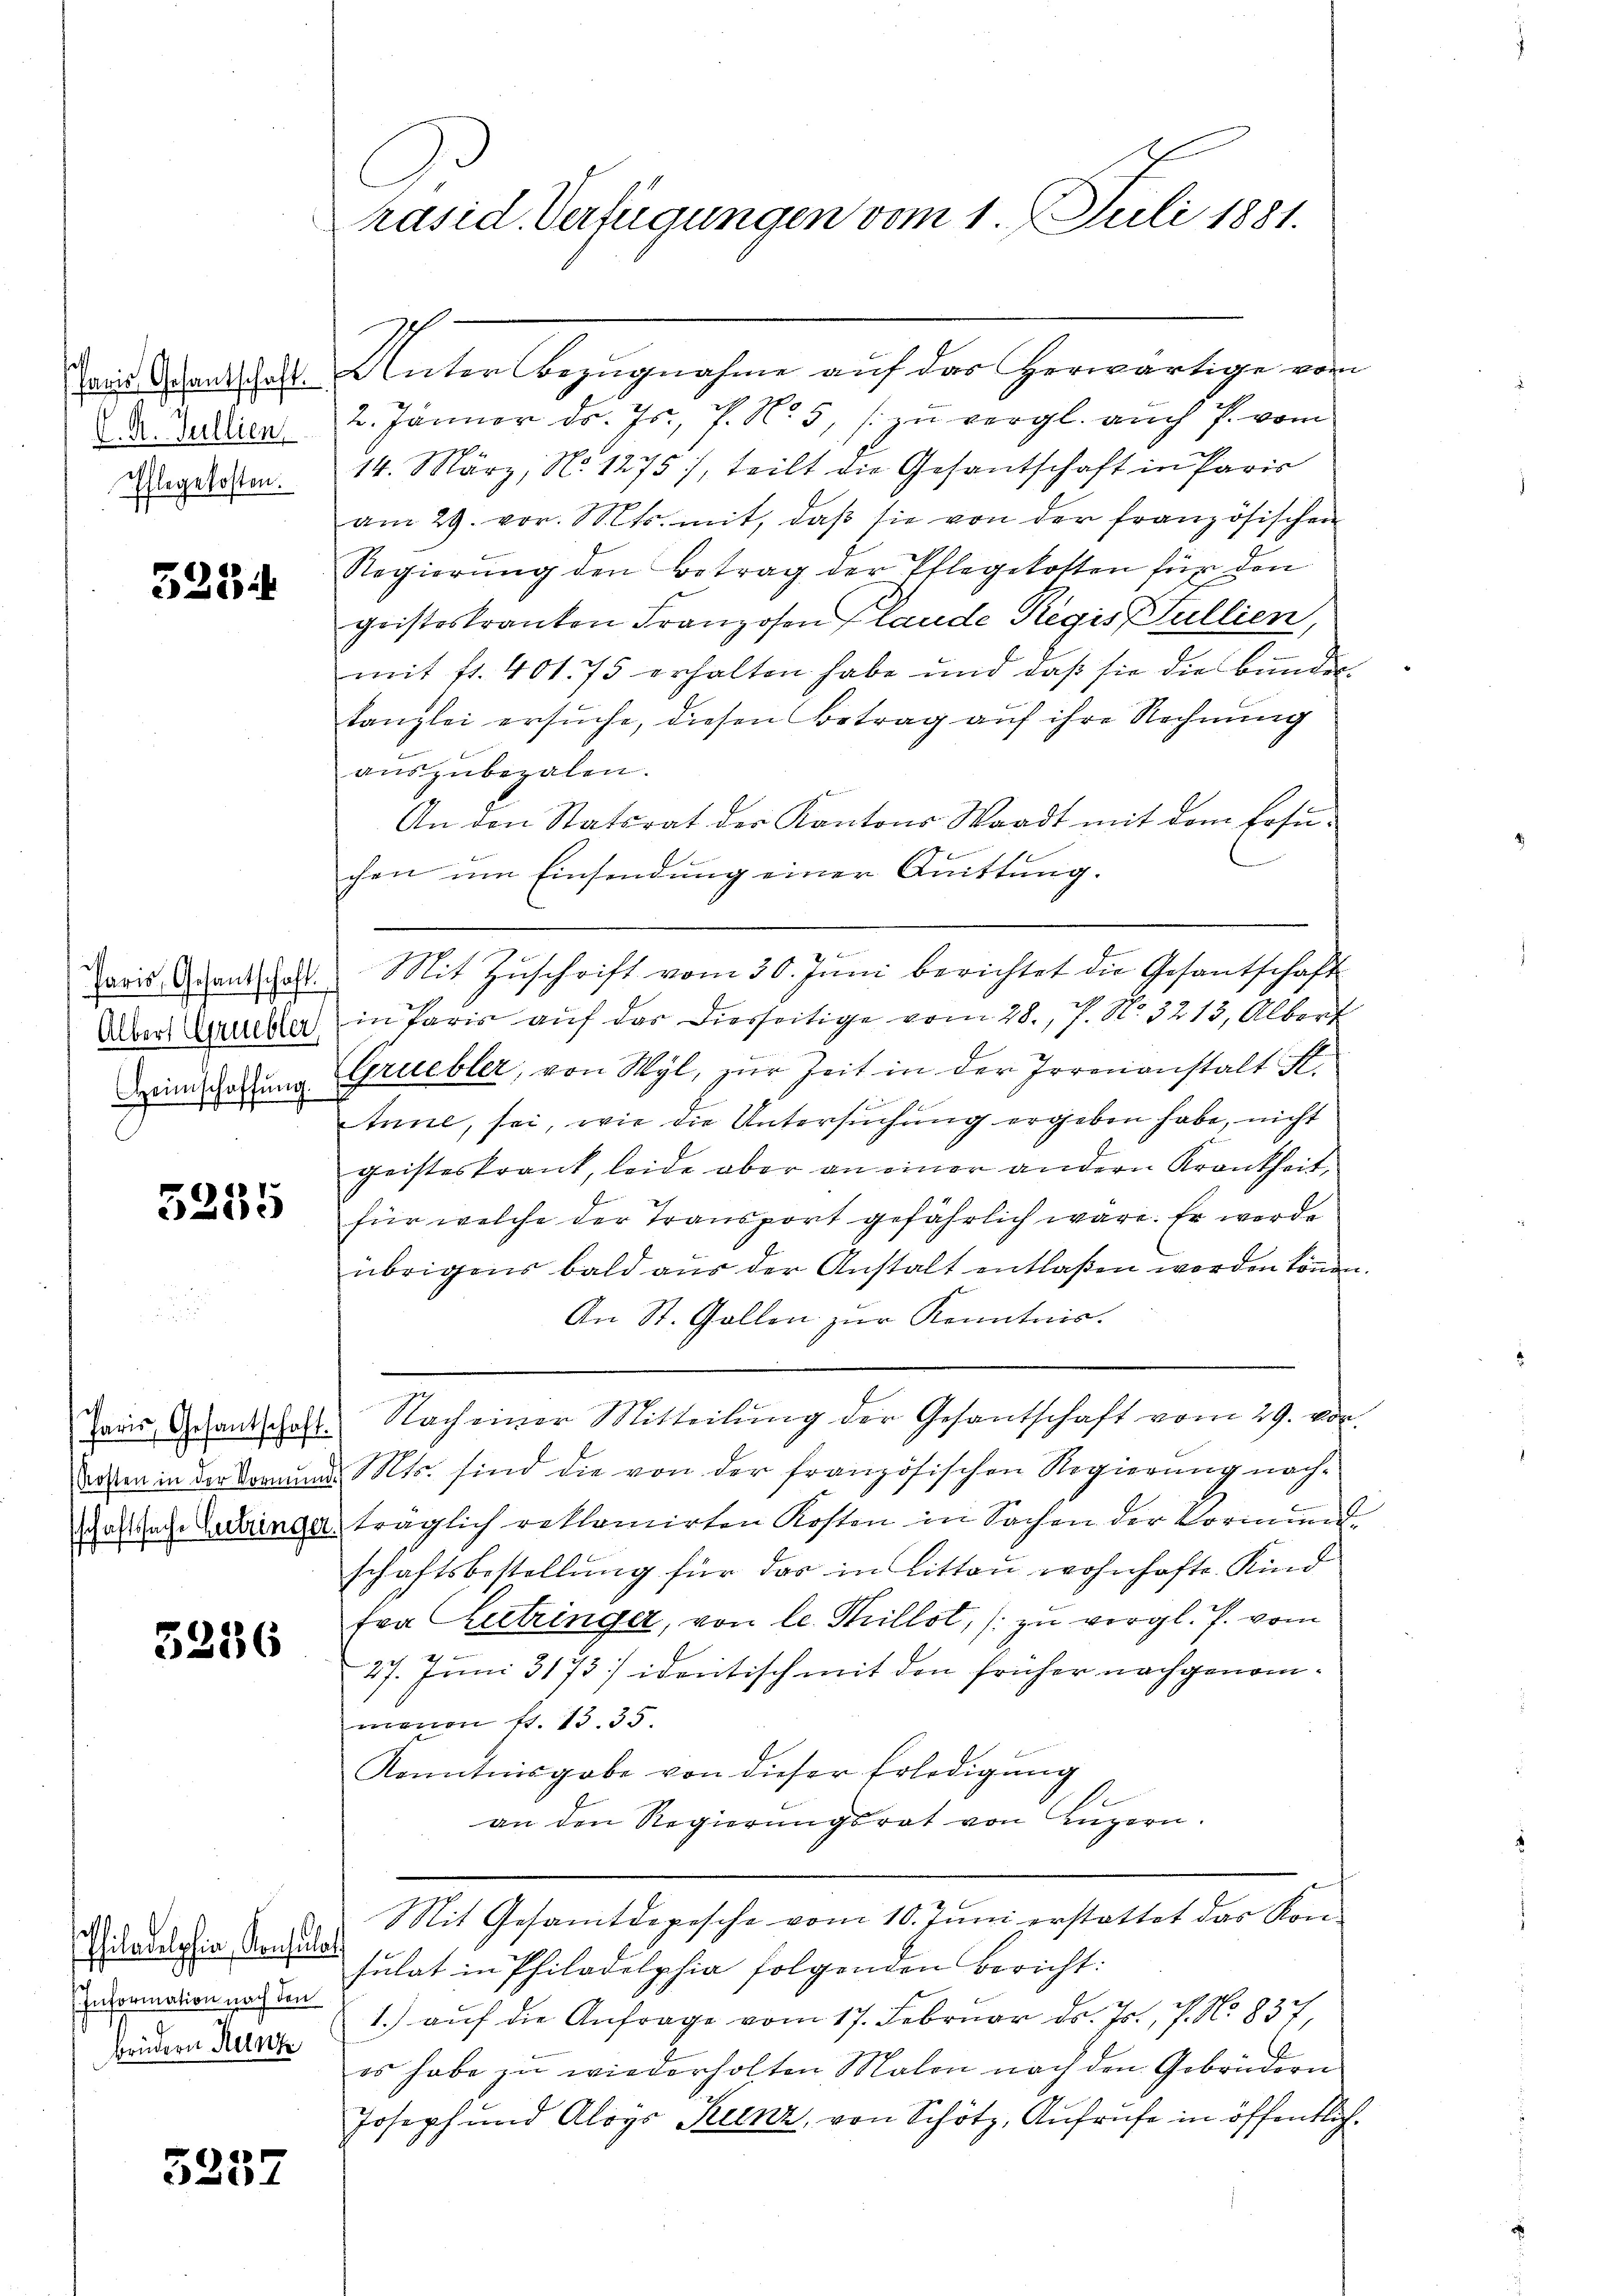
Paris Gesantschaft.
C. R. Gullien
Pflegekosten.

528

Paris, Gesantschaft.
Albers Gruebler,
Heimschaffung.

5235

Paris, Gesantschaft.

5236

hiladelphia, Konsulat
Information nach den
Brüdern Heinz

5257

C
präsid. Verfügungen vom 1. Juli 1881.

Unter Bezugnahme auf das herwärtige vom
2. Jänner dr. Js. f. No. 5, zu vergl. auch P. vom
p
14. März, N. 1275), teilt die Gesantschaft in Paris
am 29. vor. Mts. mit, daβ sie von der französischen
Regierŭng den Betrag der Pflegekosten für den
gristeskranken Franzosen Plande Regis Pullien,
mit fr. 401. 75 erhalten habe und daß sie die Bundes
tanzlei ersuche, diesen Betrag auf ihre Rechnung
auszubezalen.
An den Statsrat der Kantons Waadt mit dem Posi-
chen um Einsendung einer Quittung.
Mit Zuschrift vom 30. Juni berichtet die Gesantschaft
in Paris auf das diesseitige vom 28. P. No. 3213, Albert
Gruebler, von Wyl, zur Zeit in der Irrenanstalt St.
Anne, sei, wie die Untersuchung ergeben habe, nicht
geisteskrank, leide aber an einer andern Krankheit,
für welche der Transport gefährlich wäre. Er werde
übrigens bald aus der Anstalt entlaßen werden können
An St. Gallen zŭr Kenntnis.
Nach einer Mitteilŭng der Gesantschaft vom 29. vor.
seten in der Vormund. Mts. sind die von der französischen Regierung nach-
aslache Zubringe, träglich reklamirten Kosten in Sachen der Vormund
schäftsbestellung für das in Litten wohnhafte Kind
fra Lutzinger, von le Thillst, (zu vergl. P. vom
27. Juni 3173/ identisch mit den früher nachgenommonen st. 15. 35.
Kenntnisgabe von dieser Erledigung
an den Regierŭngsrat von Lŭzern.
Mit Gesamtdepesche vom 10. Juni erstattet das Kon-
sulat in Philadelphia folgenden Bericht:
1.) auf die Anfrage vom 17. Februar d. Js., 7. No 837,
es habe zu wiederholten Malen nach den Gebrüdern
Joseph und Aloys Kunz, von Schötz, Aufrufe in öffentlich¬